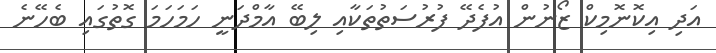
އަދި އިކޮނޮމިކް ޒޯނުން އުފެދޭ ފުރުސަތުތަކާއި ލިބޭ އާމްދަނީ ހަމަހަމަ ގޮތުގައި ބެހޭނެ